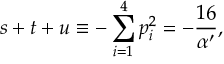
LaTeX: s + t + u \equiv - \sum _ { i = 1 } ^ { 4 } p _ { i } ^ { 2 } = - \frac { 1 6 } { \alpha ^ { \prime } } ,